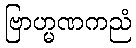
ဗြာဟ္မဏကညံ